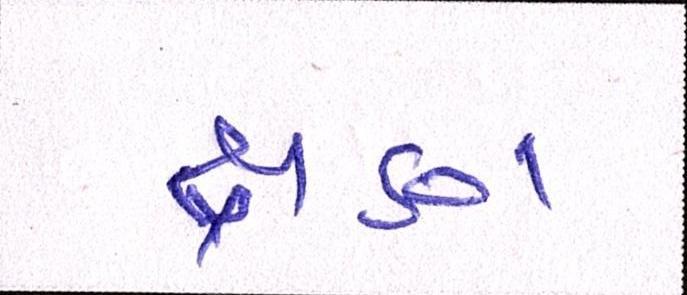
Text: ક્ષણ